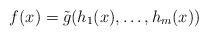
LaTeX: \begin{align*}f(x)=\tilde g(h_1(x),\ldots,h_m(x))\end{align*}